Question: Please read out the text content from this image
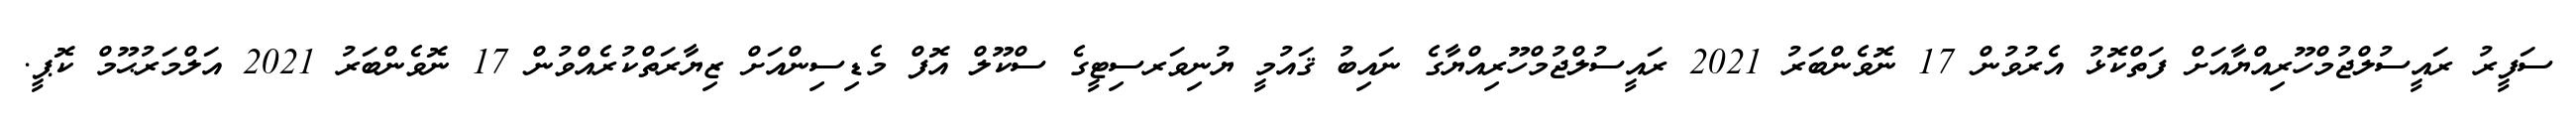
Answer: ސަފީރު ރައީސުލްޖުމްހޫރިއްޔާއަށް ފަތްކޮޅު އެރުވުން 17 ނޮވެންބަރު 2021 ރައީސުލްޖުމްހޫރިއްޔާގެ ނައިބު ޤައުމީ ޔުނިވަރސިޓީގެ ސްކޫލް އޮފް މެޑިސިންއަށް ޒިޔާރަތްކުރެއްވުން 17 ނޮވެންބަރު 2021 އަލްމަރުޙޫމް ކޮޕީ.